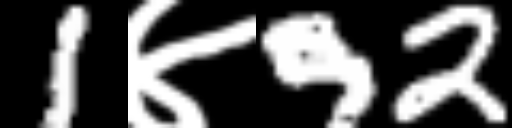
Text: 1४92